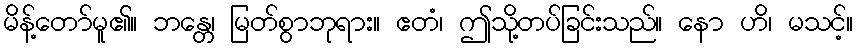
မိန့်တော်မူ၏။ ဘန္တေ၊ မြတ်စွာဘုရား။ ဧတံ၊ ဤသို့တပ်ခြင်းသည်။ နော ဟိ၊ မသင့်။